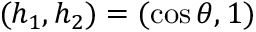
( h _ { 1 } , h _ { 2 } ) = ( \cos \theta , 1 )